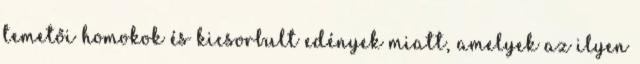
temetői homokok és kicsorbult edények miatt, amelyek az ilyen